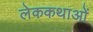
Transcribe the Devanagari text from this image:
लेककथाओं